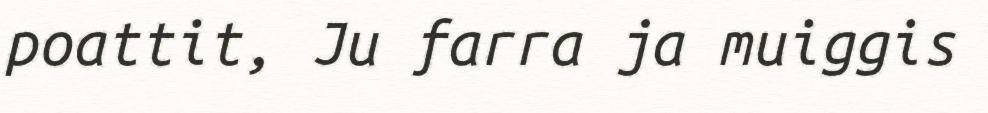
poattit, Ju farra ja muiggis